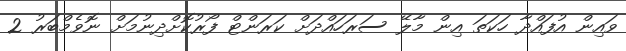
ވައިން އުފައްދާ ހަކަތަ އިން މާލޭ ސަރަހައްދަށް ކަރަންޓް ފޯރުކޮށްދިނުމަށް ނޮވެމްބަރު 2